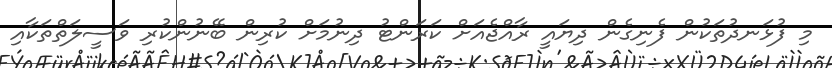
މި ފުޅަނދުތަކުން ފެނިގެން ދިޔައީ ރާއްޖެއަށް ކަރަންޓު ދިނުމަށް ކުރިން ބޭނުންކުރި ވަސީލަތްތަކާއި